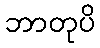
ဘာတုပိ